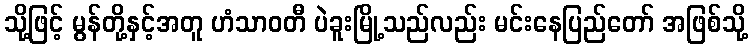
သို့ဖြင့် မွန်တို့နှင့်အတူ ဟံသာဝတီ ပဲခူးမြို့သည်လည်း မင်းနေပြည်တော် အဖြစ်သို့